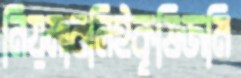
নিয়মাবলিইকৃষিজমি